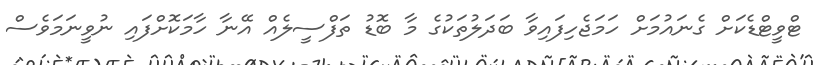
ޓްވީޓްޑެކަށް ގެނައުމަށް ހަމަޖެހިފައިވާ ބަދަލުތަކުގެ މާ ބޮޑު ތަފްސީލެއް އޭނާ ހާމަކޮށްފައި ނުވީނަމަވެސް